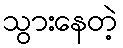
သွားနေတဲ့